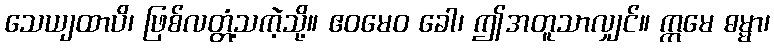
သေယျထာပိ၊ ဖြစ်လတ္တံ့သကဲ့သို့။ ဧဝမေဝ ခေါ၊ ဤအတူသာလျှင်။ ဣမေ ဓမ္မာ၊